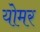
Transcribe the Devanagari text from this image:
योमर